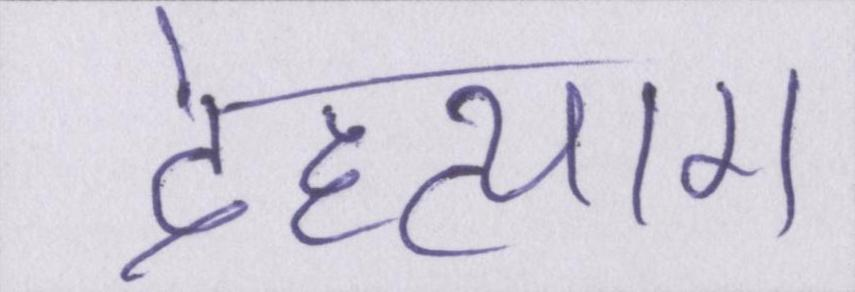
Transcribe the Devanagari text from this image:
देहत्याग